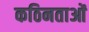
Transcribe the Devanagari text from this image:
कठिनताओं